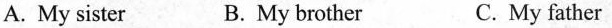
A. My sister B. My brother C.My father